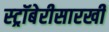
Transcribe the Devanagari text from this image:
स्ट्रॉबेरीसारखी